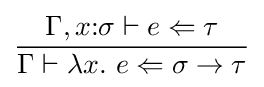
{\frac {\Gamma ,x{\mathbin {:}}\sigma \vdash e\Leftarrow \tau }{\Gamma \vdash \lambda x.~e\Leftarrow \sigma \to \tau }}